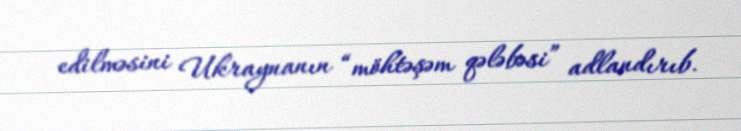
edilməsini Ukraynanın “möhtəşəm qələbəsi” adlandırıb.